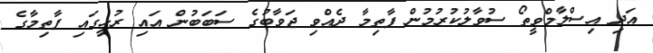
އަދި އިސްލާމްވީތޯ ސުވާލުކުރުމުން ފާތިމާ ދެއްވި ޖަވާބުގެ ސަބަބުން އައި ރުޅީގައި ފާތިމާގެ